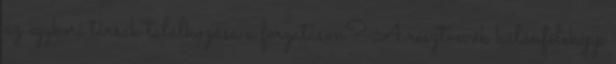
az egykori társak találkozása a forgatáson? A résztvevők különféleképp